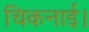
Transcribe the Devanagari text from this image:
चिकनाई।